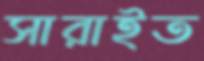
সারাইত